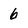
Character: 6